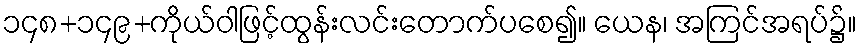
၁၄၈+၁၄၉+ကိုယ်ဝါဖြင့်ထွန်းလင်းတောက်ပစေ၍။ ယေန၊ အကြင်အရပ်၌။